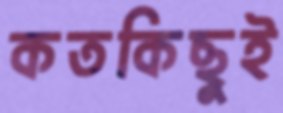
কতকিছুই